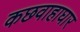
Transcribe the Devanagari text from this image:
कछवाहाघार